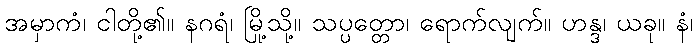
အမှာကံ၊ ငါတို့၏။ နဂရံ၊ မြို့သို့။ သပ္ပတ္တော၊ ရောက်လျက်။ ဟန္ဒ၊ ယခု။ နံ၊